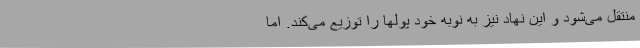
منتقل می‌شود و این نهاد نیز به نوبه خود پولها را توزیع می‌کند. اما